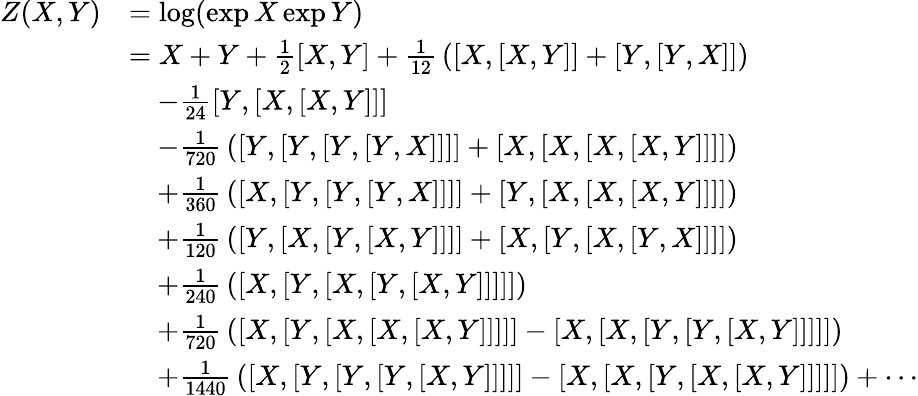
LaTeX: {\begin{array}{rl}{Z(X,Y)}&{=\log(\exp X\exp Y)}\\ &{=X+Y+{\frac{1}{2}}[X,Y]+{\frac{1}{12}}\left([X,[X,Y]]+[Y,[Y,X]]\right)}\\ &{\quad-{\frac{1}{24}}[Y,[X,[X,Y]]]}\\ &{\quad-{\frac{1}{720}}\left([Y,[Y,[Y,[Y,X]]]]+[X,[X,[X,[X,Y]]]]\right)}\\ &{\quad+{\frac{1}{360}}\left([X,[Y,[Y,[Y,X]]]]+[Y,[X,[X,[X,Y]]]]\right)}\\ &{\quad+{\frac{1}{120}}\left([Y,[X,[Y,[X,Y]]]]+[X,[Y,[X,[Y,X]]]]\right)}\\ &{\quad+{\frac{1}{240}}\left([X,[Y,[X,[Y,[X,Y]]]]]\right)}\\ &{\quad+{\frac{1}{720}}\left([X,[Y,[X,[X,[X,Y]]]]]-[X,[X,[Y,[Y,[X,Y]]]]]\right)}\\ &{\quad+{\frac{1}{1440}}\left([X,[Y,[Y,[Y,[X,Y]]]]]-[X,[X,[Y,[X,[X,Y]]]]]\right)+\cdots}\end{array}}